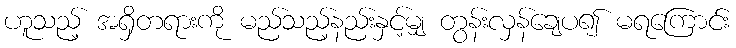
ဟူသည့် အရှိတရားကို မည်သည့်နည်းနှင့်မျှ တွန်းလှန်ချေပ၍ မရကြောင်း